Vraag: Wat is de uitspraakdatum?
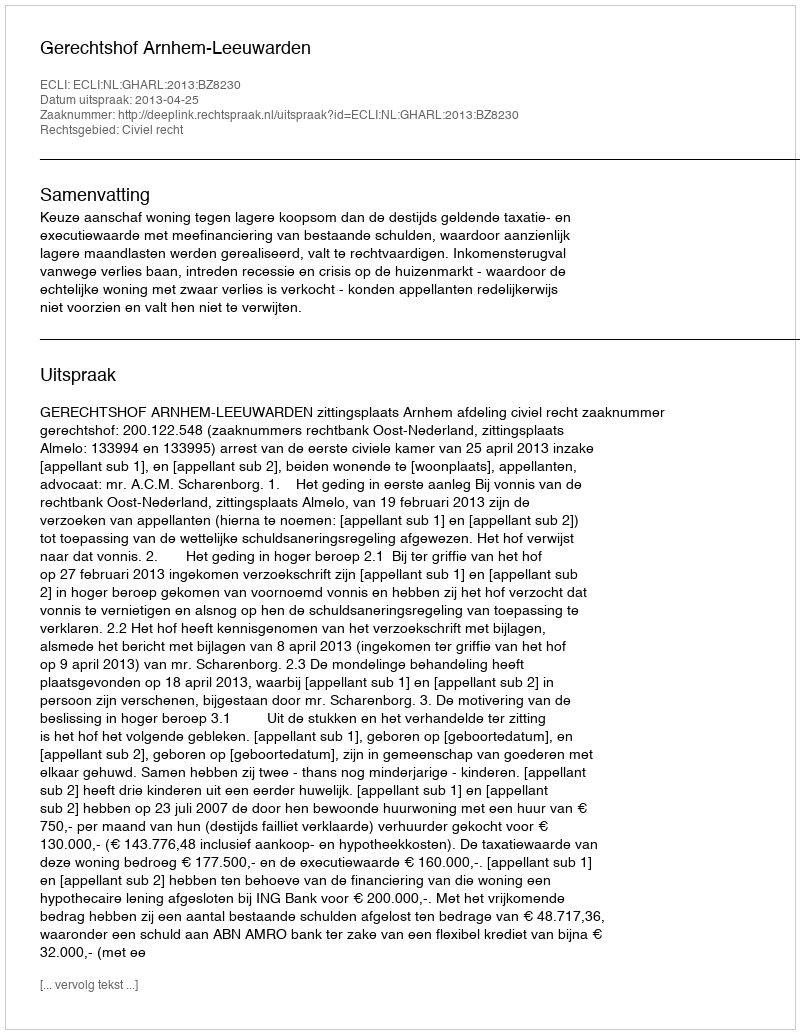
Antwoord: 2013-04-25